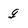
Character: q